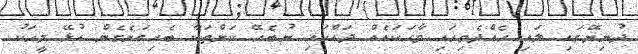
ދުނިޔޭގައި ލައި ހެއްދެވިހައި ވާހަކައެއް ދައްކައި ނުބެހޭ ކަންތަކާ ބެހިގަނެގެން އުޅޭ މީހަކު